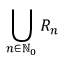
\bigcup _ { n \in \mathbb { N } _ { 0 } } R _ { n }